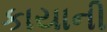
કાયાની